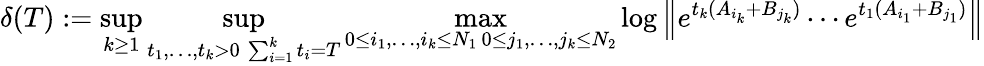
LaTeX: \delta(T):=\operatorname*{sup}_{k\geq 1}\operatorname*{sup}_{\substack{t_{1},\ldots,t_{k}>0\, \sum_{i=1}^{k}t_{i}=T}}\operatorname*{max}_{\substack{0\leq i_{1},\ldots,i_{k}\leq N_{1}\, 0\leq j_{1},\ldots,j_{k}\leq N_{2}}}\log\left\| e^{t_{k}(A_{i_{k}}+B_{j_{k}})}\cdots e^{t_{1}(A_{i_{1}}+B_{j_{1}})}\right\|